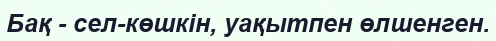
Бақ - сел-көшкін, уақытпен өлшенген.